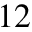
1 2